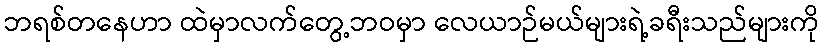
ဘရစ်တနေဟာ ထဲမှာလက်တွေ့ဘဝမှာ လေယာဉ်မယ်များရဲ့ခရီးသည်များကို